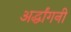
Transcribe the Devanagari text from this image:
अर्द्धांगनी